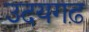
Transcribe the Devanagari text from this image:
उदयगढ़